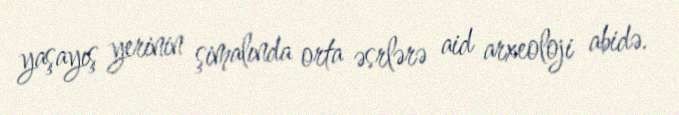
yaşayış yerinin şimalında orta əsrlərə aid arxeoloji abidə.